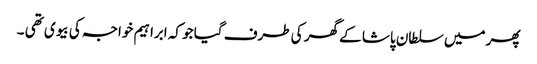
پھر میں سلطان پاشا کے گھر کی طرف گیا جو کہ ابراہیم خواجہ کی بیوی تھی ۔